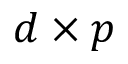
d \times p